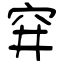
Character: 穽